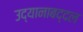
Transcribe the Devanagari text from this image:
उद्यानाबद्दल